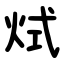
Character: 烒